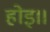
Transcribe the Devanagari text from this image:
होइ।।